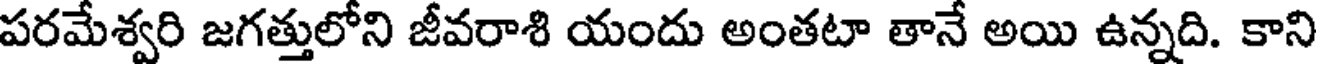
పరమేశ్వరి జగత్తులోని జీవరాశి యందు అంతటా తానే అయి ఉన్నది. కాని